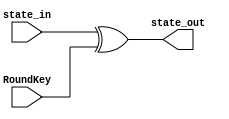
module AddRoundKey (
    input [127:0] state_in,
    input [127:0] RoundKey,
    output [127:0]state_out
);


   assign state_out=state_in^RoundKey;
    
endmodule